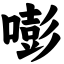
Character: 嘭